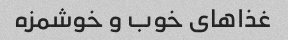
غذاهای خوب و خوشمزه